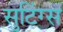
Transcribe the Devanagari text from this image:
सुटिंग्स